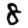
Digit: 8